Jaan_Tonisson_(Lasteleht), lk 421
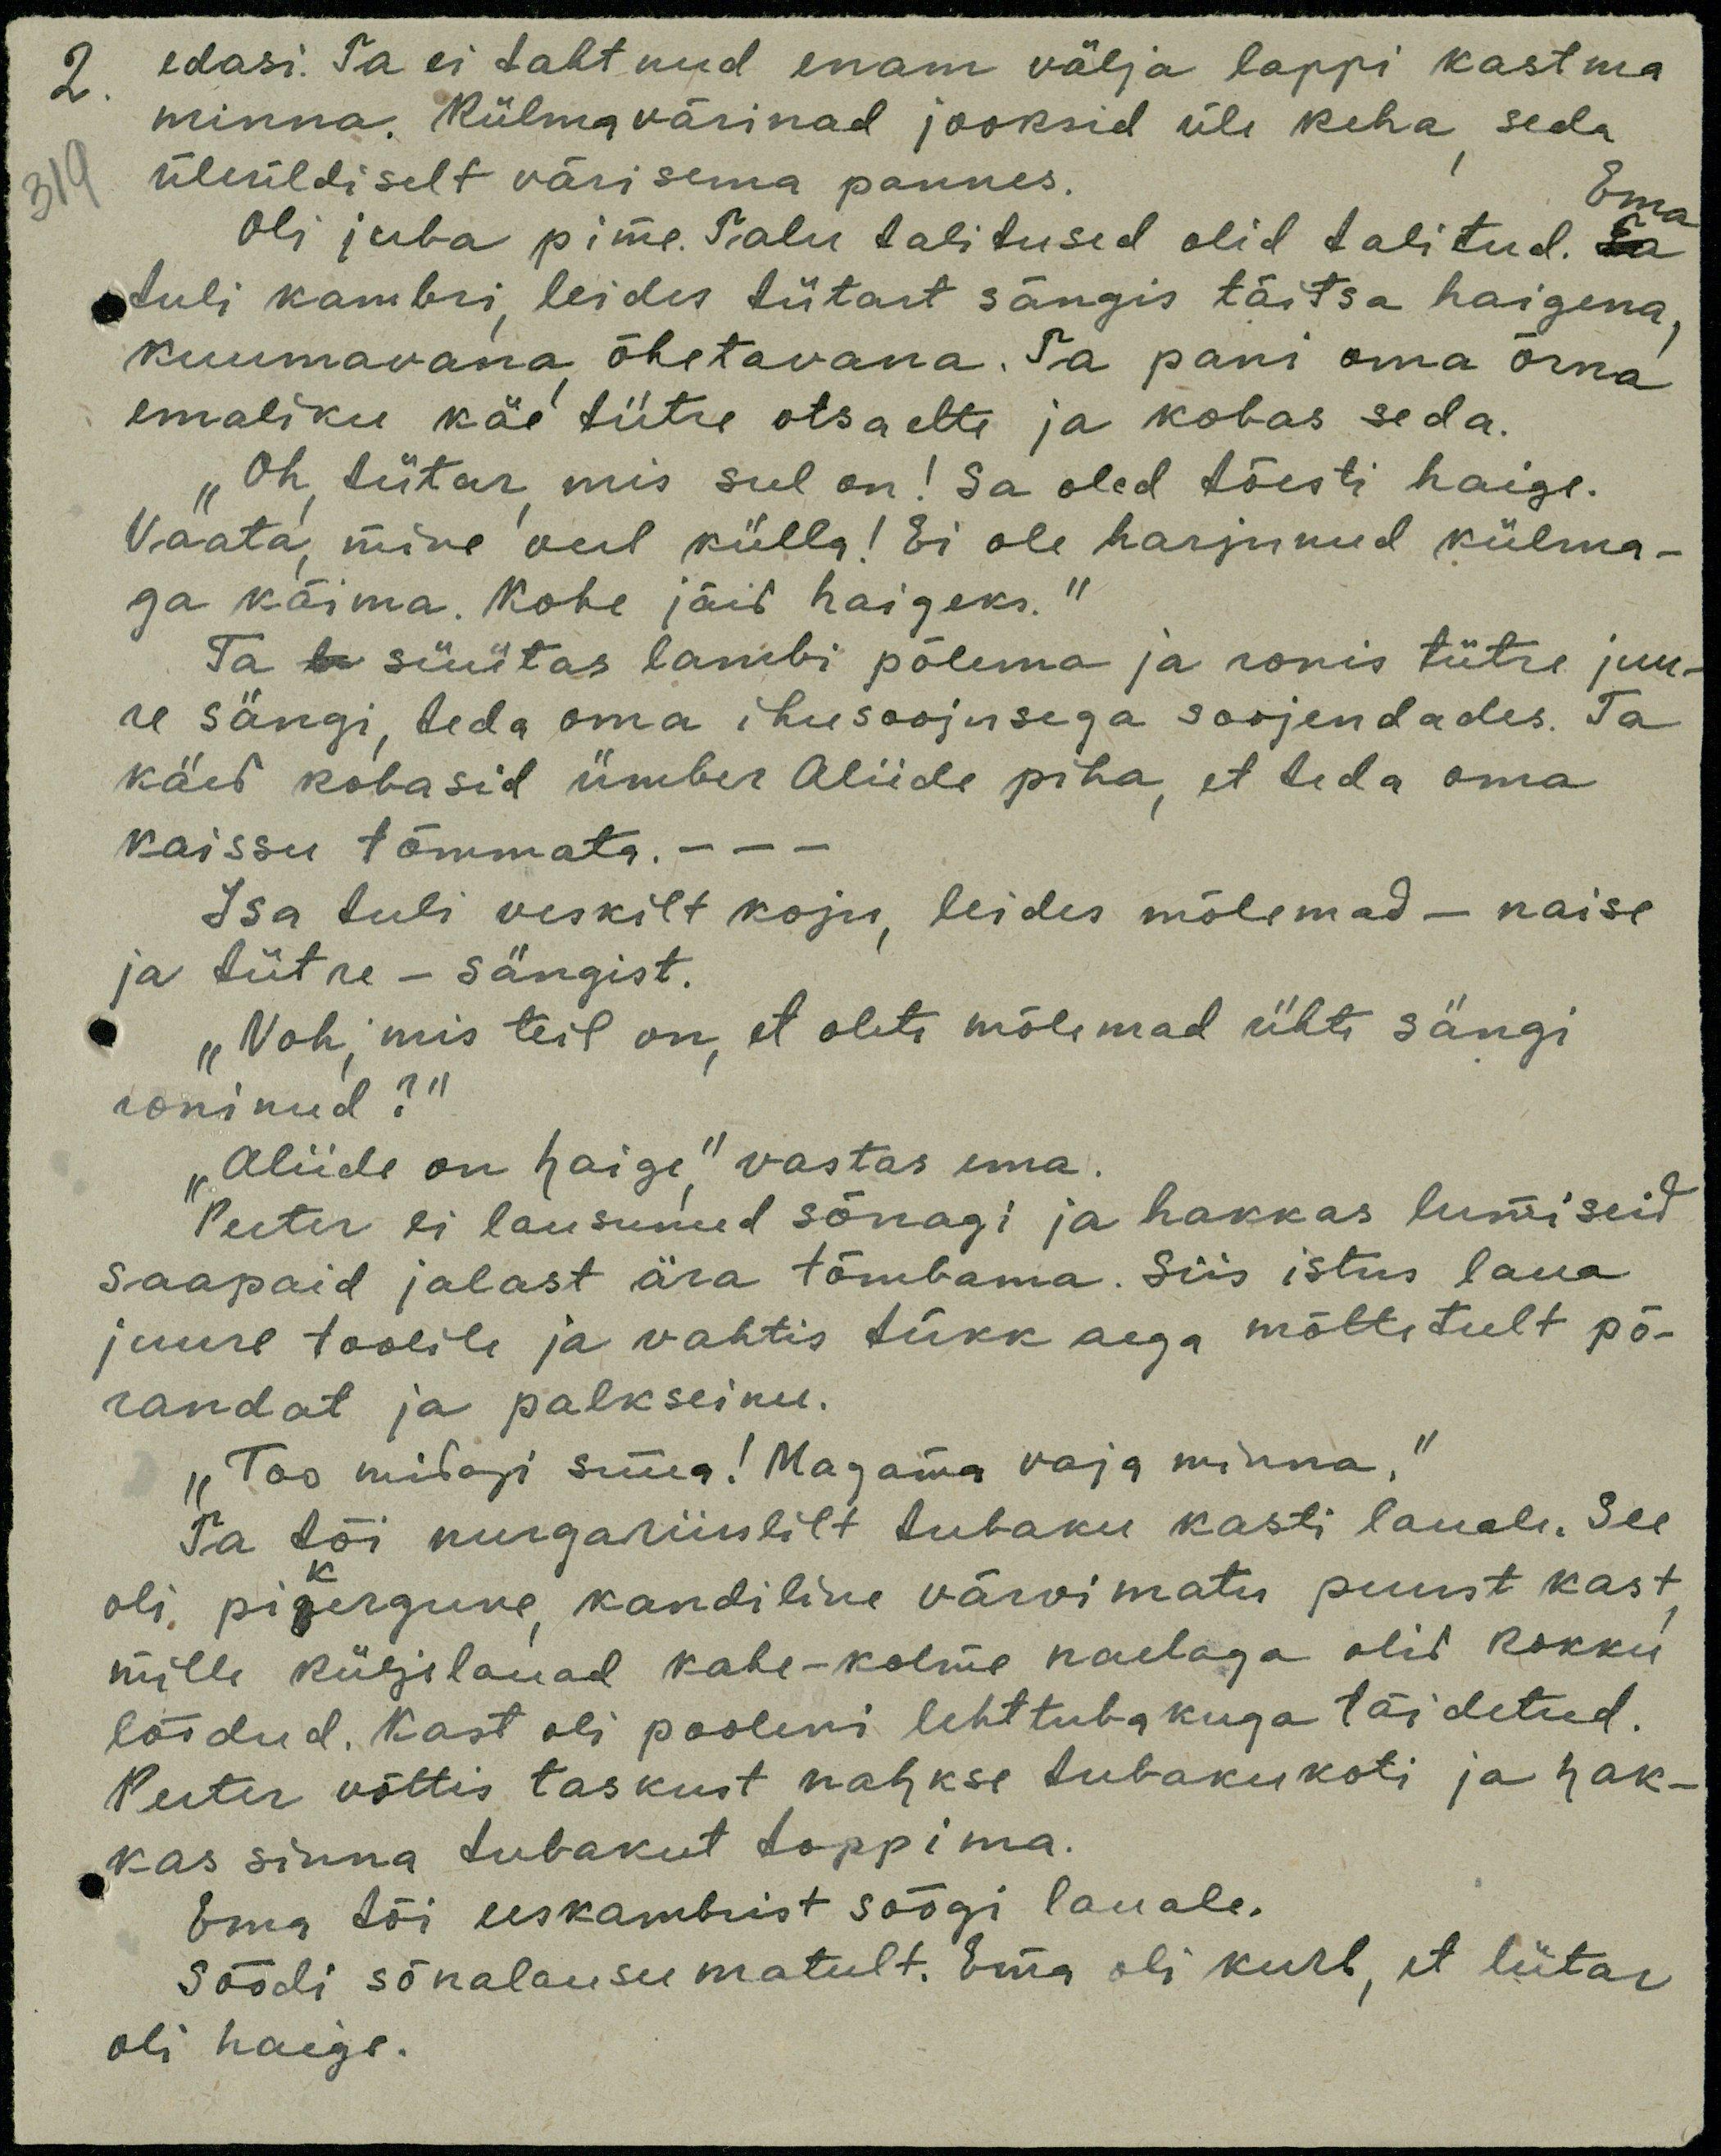
2. edasi. Ta ei tahtnud enam välja lappi kastma
minna. Külmavärinad jooksid üle keha seda
319
üleüldiselt värisema pannes.
Oli juba pime. Talu talitused olid talitud.
Ema
tuli kambri, leides tütart sängis täitsa haigena
kuumavana õhetavana. Ta pani oma õrna
emaliku käe tütre otsa ette ja kohas seda.
"Oh tütar, mis sul on! Sa oled tõesti haige.
Vaata, mine veel külla! Ei ole harjunud külma-
ga käima. Kohe jäid haigeks, "
Ta süütas lambi põlema ja ronis tütre juu-
re sängi, teda oma ihusoojusega soojendades. Ta
käed kobasid ümber Aliide piha, et teda oma
kaissu tõmmata.
Isa tuli veskilt koju, leides mõlemad - naise
ja tütre - sängist,
"Noh, mis teil on, et olete mõlemad ühte sängi
roninud?!
"Aliide on haige" vastas ema.
Peeter ei lausunud sõnagi ja hakkas lumiseid
saapaid jalast ära tõmbama. Siis istus laua,
juure toolile ja vahtis tükk aega mõttetult põ-
randat ja palkseinu.
"Too midagi süüa! Magama vaja minna,"
Ta tõi nurgariiulilt tubaku kasti lauale. See
oli pikergune kandiline värvimatu puust kast
mille küljelauad kahe-kolme naelaga olid kokku
löödud. Kast oli pooleni lehttubakuga täidetud.
Peeter võttis taskust nahkse tubakukoti ja hak-
kas sinna tubakut toppima.
Ema tõi eeskambrist söögi lauale.
Söödi sõnalausumatult. Ema oli kurb, et tütar
oli haige.